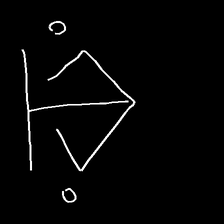
Glyph: earth